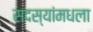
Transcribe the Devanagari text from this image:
सदस्यांमधला